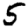
Digit: 5